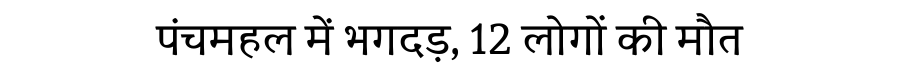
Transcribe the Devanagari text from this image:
पंचमहल में भगदड़, 12 लोगों की मौत